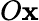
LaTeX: O\mathbf{x}